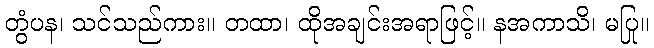
တွံပန၊ သင်သည်ကား။ တထာ၊ ထိုအချင်းအရာဖြင့်။ နအကာသိ၊ မပြု။